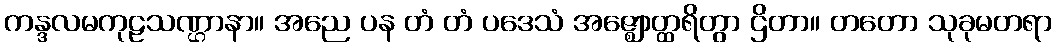
ကန္ဒလမကုဠသဏ္ဌာနာ။ အညေ ပန တံ တံ ပဒေသံ အဇ္ဈောတ္ထရိတွာ ဌိတာ။ တတော သုခုမတရာ